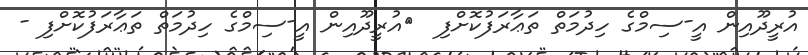
އުރީދޫއިން އީ-ސިމްގެ ހިދުމަތް ތަޢާރަފުކޮށްފި  	އުރީދޫއިން އީ-ސިމްގެ ހިދުމަތް ތަޢާރަފުކޮށްފި -